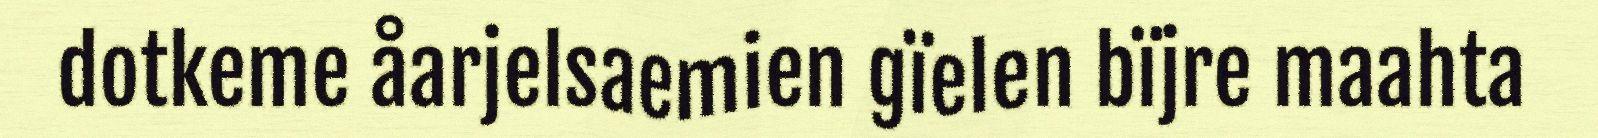
dotkeme åarjelsaemien gïelen bïjre maahta